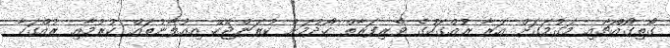
ގޯތިގޯއްޗާއި މަގުމަގަށް އަރާ ރުއްގަހުގެ ވެރިފަރާތް ހޯދުމަށް ކުރަންޖެހޭ އިޢުލާނުތައް ކުރުމާއި ރުއްގަހާ